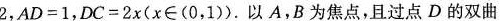
2$$，$$A D = 1$$，$$D C = 2 x ( x \in ( 0，1 ))$$。以A，B为焦点，且过点D的双曲